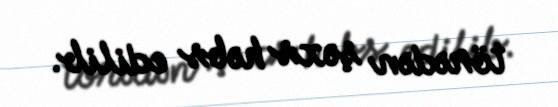
törədən şəxs həbs edilib.